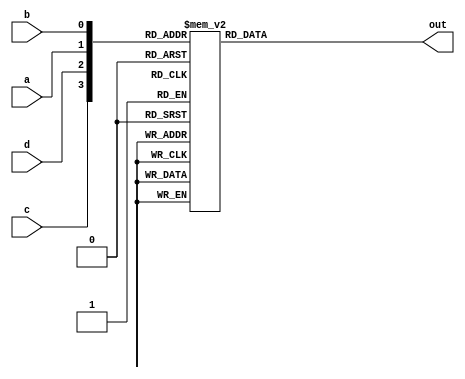
module top_module(
    input a,
    input b,
    input c,
    input d,
    output reg out  ); 

    always @(*) begin
        case ({c,d,a,b})
          4'b0000  : out = 1'b1;
          4'b0001  : out = 1'b1;
          4'b0011  : out = 1'b0;
          4'b0010  : out = 1'b1;

          4'b0100  : out = 1'b1;
          4'b0101  : out = 1'b0;
          4'b0111  : out = 1'b0;
          4'b0110  : out = 1'b1;


          4'b1100  : out = 1'b0;
          4'b1101  : out = 1'b1;
          4'b1111  : out = 1'b1;
          4'b1110  : out = 1'b1;


          4'b1000  : out = 1'b1;
          4'b1001  : out = 1'b1;
          4'b1011  : out = 1'b0;
          4'b1010  : out = 1'b0;

            default: out = 1'b0;
        endcase
        
    end



endmodule